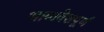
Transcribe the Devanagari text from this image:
भावावेशपूर्ण